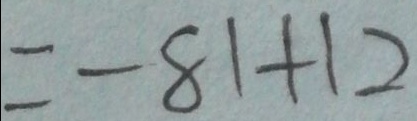
= - 8 1 + 1 2